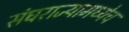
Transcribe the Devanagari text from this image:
संघराज्यामध्येच